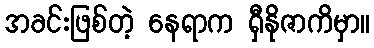
အခင်းဖြစ်တဲ့ နေရာက ရှီနိုဇာကိမှာ။